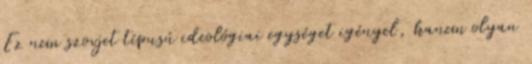
Ez nem szovjet típusú ideológiai egységet igényel, hanem olyan